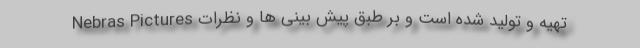
Nebras Pictures تهیه و تولید شده است و بر طبق پیش بینی ها و نظرات